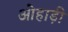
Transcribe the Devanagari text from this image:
ओहाड़ी